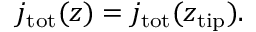
j _ { \mathrm { t o t } } ( z ) = j _ { \mathrm { t o t } } ( z _ { \mathrm { t i p } } ) .